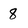
Character: 8